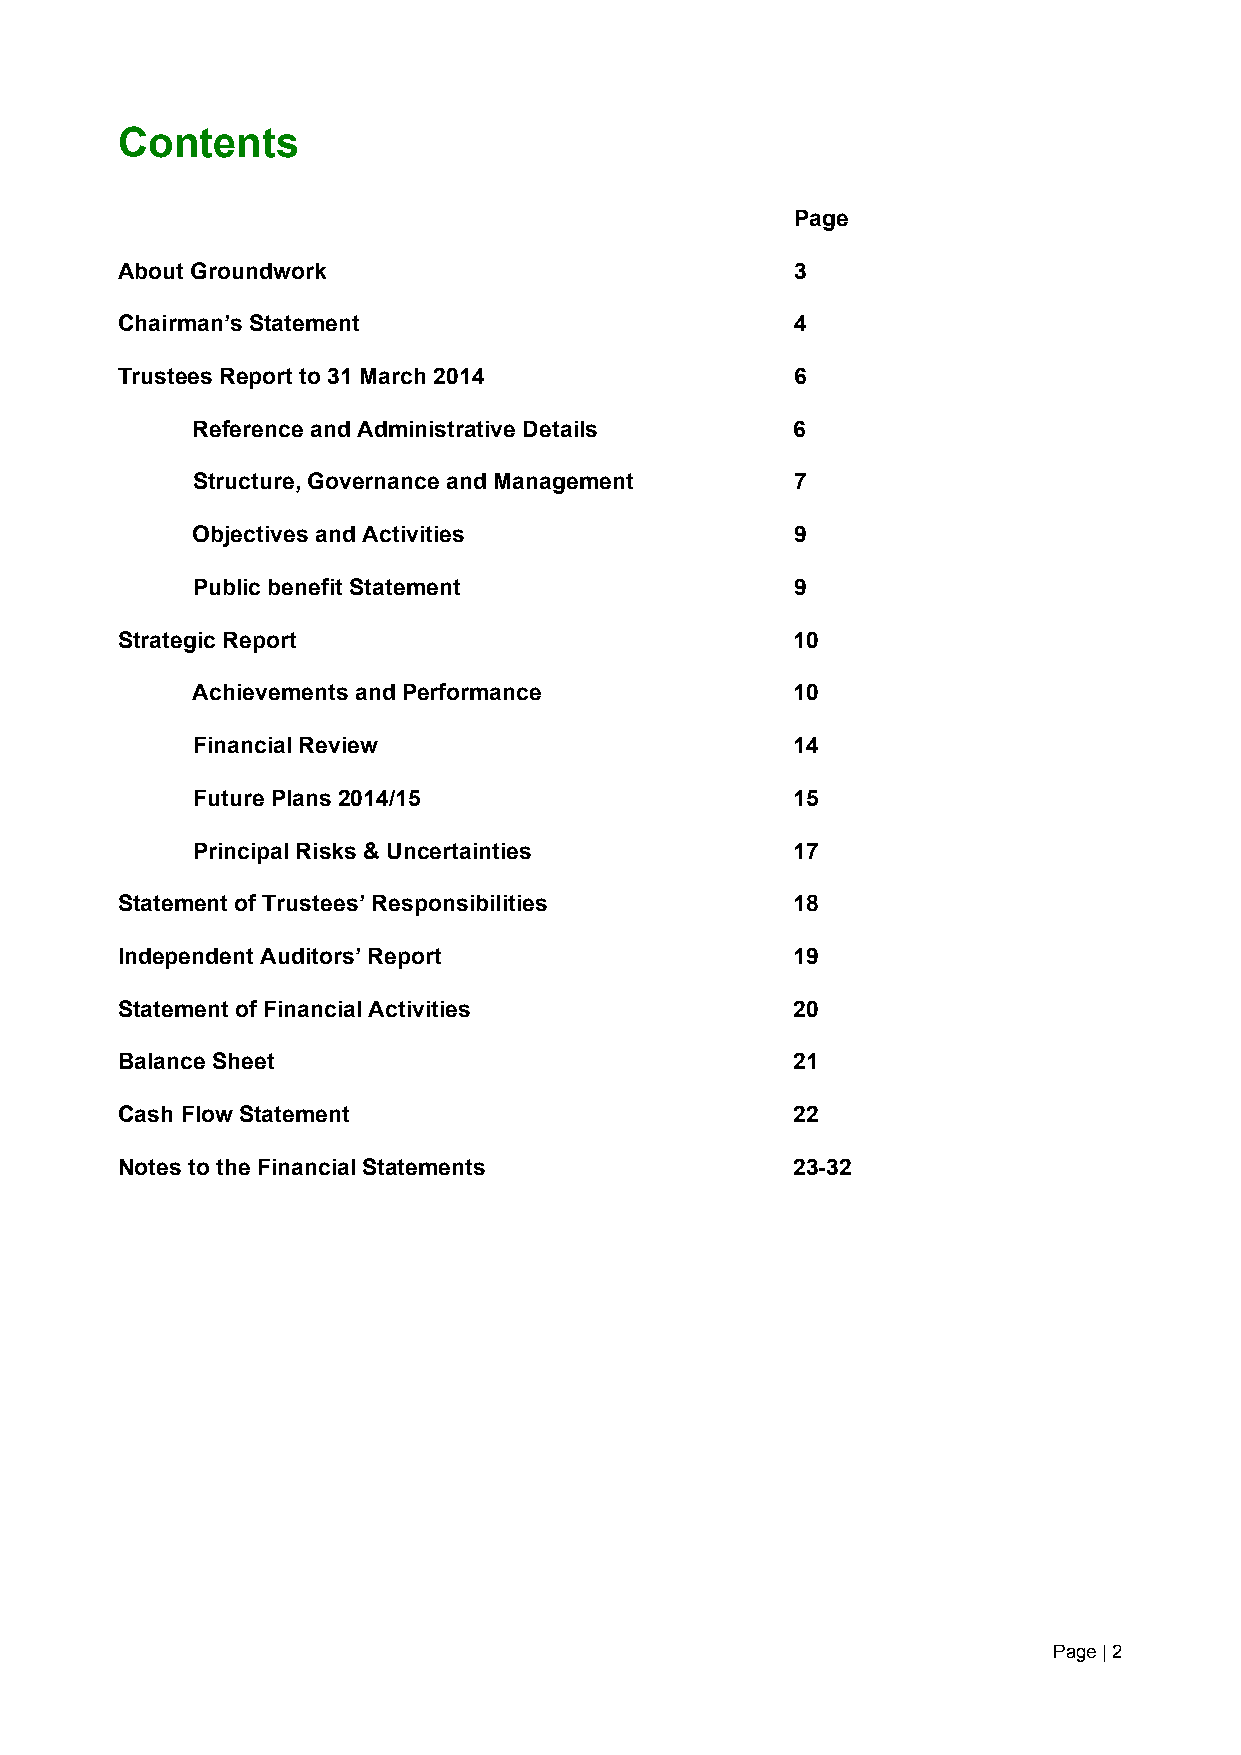
Contents
 Page
 About Groundwork                             3
 Chairman’s Statement                         4
 Trustees Report to 31 March 2014             6
 Reference and Administrative Details    6
 Structure, Governance and Management    7
 Objectives and Activities               9
 Public benefit Statement                9
 Strategic Report                             10
 Achievements and Performance            10
 Financial Review                        14
 Future Plans 2014/15                    15
 Principal Risks & Uncertainties         17
 Statement of Trustees’ Responsibilities      18
 Independent Auditors’ Report                 19
 Statement of Financial Activities            20
 Balance Sheet                                21
 Cash Flow Statement                          22
 Notes to the Financial Statements            23-32
 Page | 2